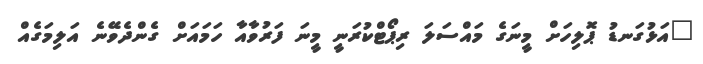
"އަޅުގަނޑު ޕޮލިހަށް މީނަގެ މައްސަލަ ރިޕޯޓްކުރަނީ މީނަ ފަރުވާއާ ހަމައަށް ގެންދެވޭނެ އަލިމަގެއް